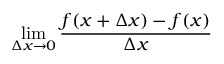
\operatorname* { l i m } _ { \Delta x \to 0 } { \frac { f ( x + \Delta x ) - f ( x ) } { \Delta x } }